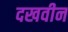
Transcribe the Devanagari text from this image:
दखवीन